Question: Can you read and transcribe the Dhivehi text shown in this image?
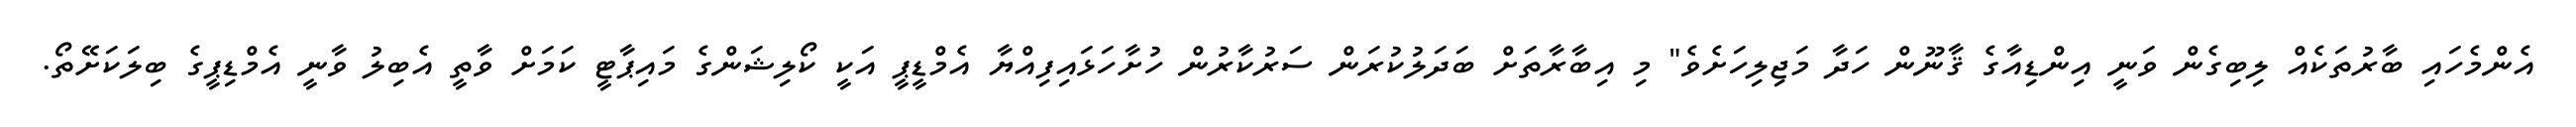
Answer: އެންމެހައި ބާރުތަކެއް ލިބިގެން ވަނީ އިންޑިއާގެ ޤާނޫން ހަދާ މަޖިލިހަށެވެ" މި އިބާރާތަށް ބަދަލުކުރަން ސަރުކާރުން ހުށާހަޅައިފިއްޔާ އެމްޑީޕީ އަކީ ކޯލިޝަންގެ މައިޕާޓީ ކަމަށް ވާތީ އެބިލު ވާނީ އެމްޑިޕީގެ ބިލަކަށޭތޯ.